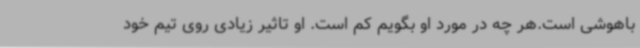
باهوشی است.هر چه در مورد او بگویم کم است. او تاثیر زیادی روی تیم خود